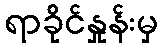
ရာခိုင်နှုန်းမှ